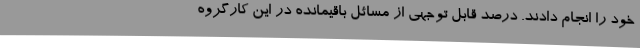
خود را انجام دادند. درصد قابل توجهی از مسائل باقیمانده در این کارگروه